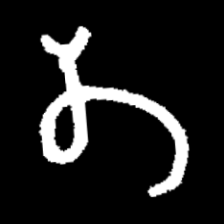
Pyu character \u2014 Myanmar letter: တ (romanized: ta)